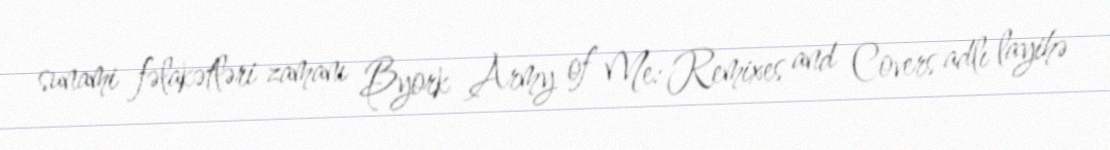
sunami fəlakətləri zamanı Byork Army of Me: Remixes and Covers adlı layihə